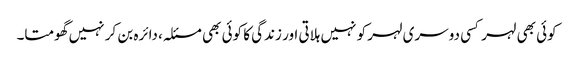
کوئی بھی لہر کسی دوسری لہر کو نہیں ہلاتی اور زندگی کا کوئی بھی مسئلہ، دائرہ بن کر نہیں گھومتا۔